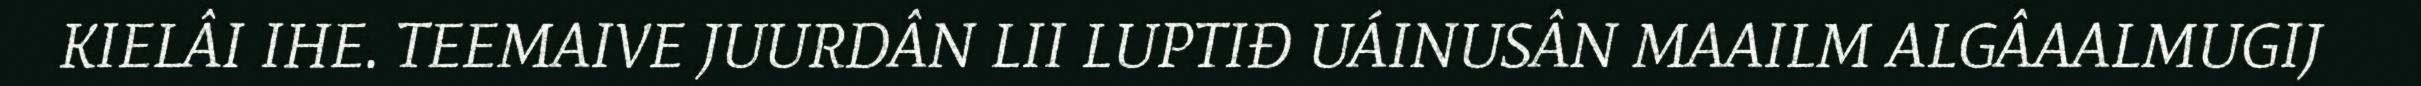
KIELÂI IHE. TEEMAIVE JUURDÂN LII LUPTIĐ UÁINUSÂN MAAILM ALGÂAALMUGIJ